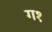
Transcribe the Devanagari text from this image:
ग१